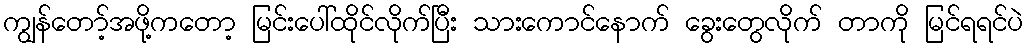
ကျွန်တော့်အဖို့ကတော့ မြင်းပေါ်ထိုင်လိုက်ပြီး သားကောင်နောက် ခွေးတွေလိုက် တာကို မြင်ရရင်ပဲ